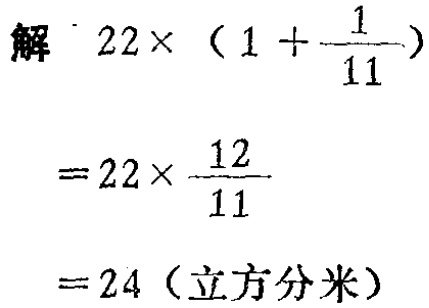
\[

\begin{align*}

&解\quad22\times(1 + \frac{1}{11})\\

&=22\times\frac{12}{11}\\

&= 24\ (\text{立方分米})

\end{align*}

\]